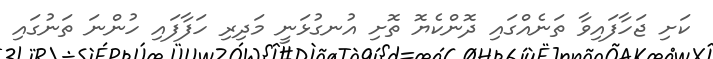
ކަށި ޖަހާފައިވާ ތަނެއްގައި ދޮންކެޔޮ ތޮށި އުނގުޅަނީ މަދިރި ހަފާފައި ހުންނަ ތަނުގައި